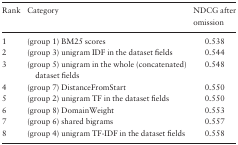
<table><thead><tr><td><b>Rank</b></td><td><b>Category</b></td><td><b>NDCG after omission</b></td></tr></thead><tbody><tr><td>1</td><td>(group 1) BM25 scores</td><td>0.538</td></tr><tr><td>2</td><td>(group 3) unigram IDF in the dataset fields</td><td>0.544</td></tr><tr><td>3</td><td>(group 5) unigram in the whole (concatenated) dataset fields</td><td>0.548</td></tr><tr><td>4</td><td>(group 7) DistanceFromStart</td><td>0.550</td></tr><tr><td>5</td><td>(group 2) unigram TF in the dataset fields</td><td>0.550</td></tr><tr><td>6</td><td>(group 8) DomainWeight</td><td>0.553</td></tr><tr><td>7</td><td>(group 6) shared bigrams</td><td>0.557</td></tr><tr><td>8</td><td>(group 4) unigram TF-IDF in the dataset fields</td><td>0.558</td></tr></tbody></table>